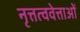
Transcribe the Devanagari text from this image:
नृत्तत्ववेत्ताओं